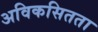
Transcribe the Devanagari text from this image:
अविकसितता